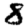
Digit: 8